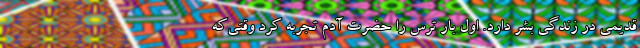
قدیمی در زندگی بشر دارد. اول بار ترس را حضرت آدم تجربه کرد وقتی‌که